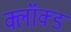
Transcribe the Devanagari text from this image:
क्लॉक्ड